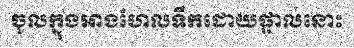
ចូលក្នុងអាងហែលទឹកដោយផ្ទាល់នោះ